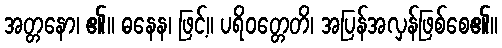
အတ္တနော၊ ၏။ ဓနေန၊ ဖြင့်။ ပရိဝတ္တေတိ၊ အပြန်အလှန်ဖြစ်စေ၏။